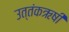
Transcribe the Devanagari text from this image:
उत्तंकऋषी